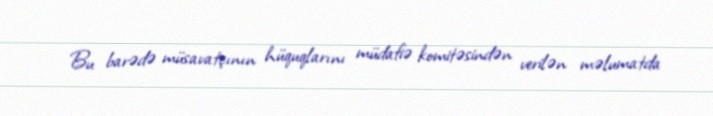
Bu barədə müsavatçının hüquqlarını müdafiə komitəsindən verilən məlumatda